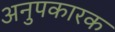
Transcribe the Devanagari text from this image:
अनुपकारक